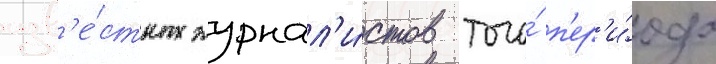
изв'е́стных журнал'и́стов того́ п'ер'и́ода